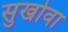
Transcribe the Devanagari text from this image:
सुखोवा